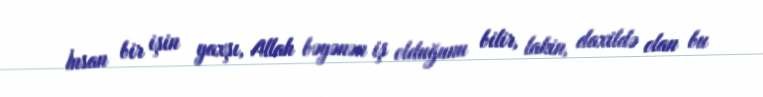
İnsan bir işin yaxşı, Allah bəyənən iş olduğunu bilir, lakin, daxildə olan bu